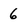
Character: 6